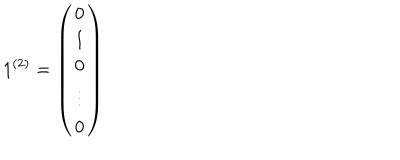
LaTeX: 1 ^ { ( 2 ) } = \left( \begin{array} { c } { { 0 } } \\ { { 1 } } \\ { { 0 } } \\ { { \vdots } } \\ { { 0 } } \\ \end{array} \right)